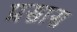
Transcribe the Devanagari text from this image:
प्रसास